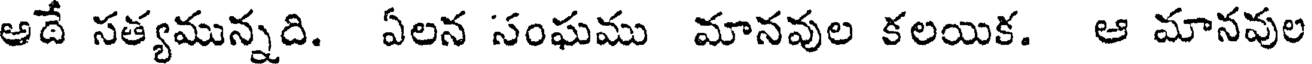
అదే సత్యమున్నది. ఏలన సంఘము మానవుల కలయిక. ఆ మానవుల